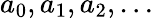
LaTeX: a_{0},a_{1},a_{2},\ldots